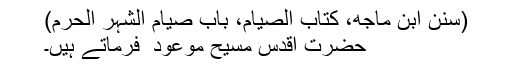
(سنن ابن ماجه، كتاب الصيام، باب صیام الشہر الحرم)
حضرت اقدس مسیح موعود ؑ فرماتے ہیں۔